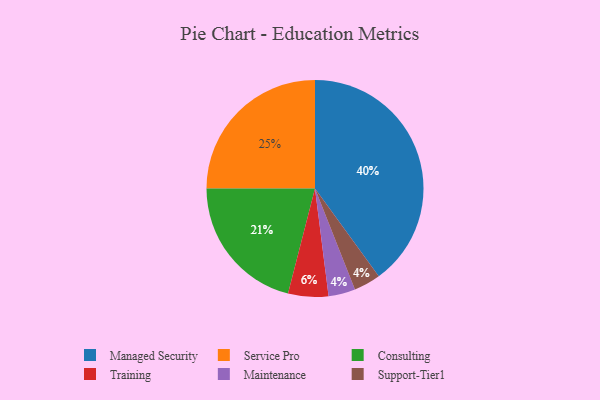
{"axis": {"x": "Category", "y": "Percentage"}, "legend": ["Consulting", "Maintenance", "Managed Security", "Service Pro", "Support-Tier1", "Training"], "data": [{"x": "Maintenance", "y": 4, "type": "Maintenance"}, {"x": "Service Pro", "y": 25, "type": "Service Pro"}, {"x": "Support-Tier1", "y": 4, "type": "Support-Tier1"}, {"x": "Consulting", "y": 21, "type": "Consulting"}, {"x": "Managed Security", "y": 40, "type": "Managed Security"}, {"x": "Training", "y": 6, "type": "Training"}]}